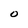
Character: O